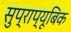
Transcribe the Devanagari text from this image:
सुप्राप्यूबिक